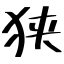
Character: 狭